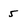
Character: 5